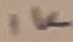
Text: 1K